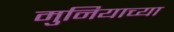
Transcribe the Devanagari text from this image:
मुनियाच्या